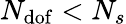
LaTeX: N_{\mathrm{dof}}<N_{s}